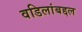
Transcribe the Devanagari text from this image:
वडिलांबद्दल